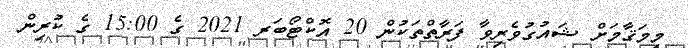
މިމަޤާމަށް ޝައުގުވެރިވާ ފަރާތްތަކުން 20 އޮކްޓޯބަރ 2021 ގެ 15:00 ގެ ކުރިން